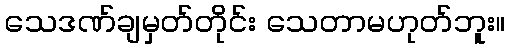
သေဒဏ်ချမှတ်တိုင်း သေတာမဟုတ်ဘူး။